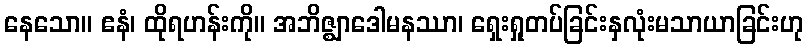
နေသော။ ဧနံ၊ ထိုရဟန်းကို။ အဘိဇ္ဈာဒေါမနဿာ၊ ရှေးရှုတပ်ခြင်းနှလုံးမသာယာခြင်းဟု